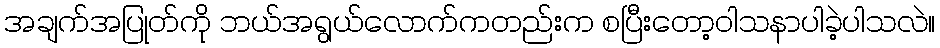
အချက်အပြုတ်ကို ဘယ်အရွယ်လောက်ကတည်းက စပြီးတော့ဝါသနာပါခဲ့ပါသလဲ။